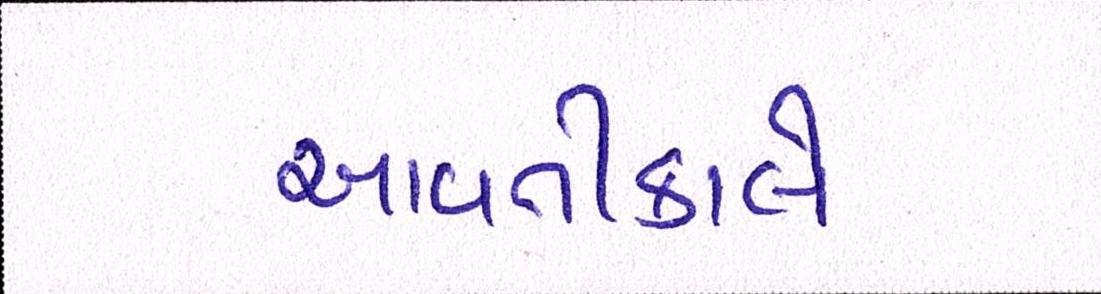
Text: આવતીકાલે